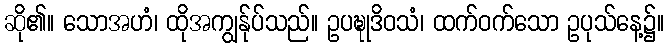
ဆို၏။ သောအဟံ၊ ထိုအကျွန်ုပ်သည်။ ဥပဍ္ဎုဒိဝသံ၊ ထက်ဝက်သော ဥပုသ်နေ့၌။